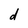
Character: d